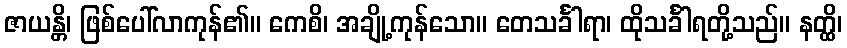
ဇာယန္တိ၊ ဖြစ်ပေါ်လာကုန်၏။ ကေစိ၊ အချို့ကုန်သော။ တေသင်္ခါရာ၊ ထိုသင်္ခါရတို့သည်။ နတ္ထိ၊